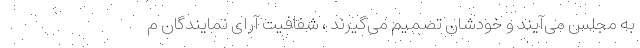
به مجلس می‌آیند و خودشان تصمیم می‌گیرند ، شفافیت آرای نمایندگان م